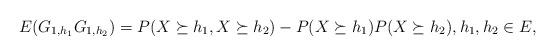
LaTeX: \begin{align*}E(G_{1,h_1}G_{1,h_2}) = P(X\succeq h_1, X \succeq h_2)- P(X\succeq h_1)P( X \succeq h_2), h_1,h_2 \in E, \end{align*}